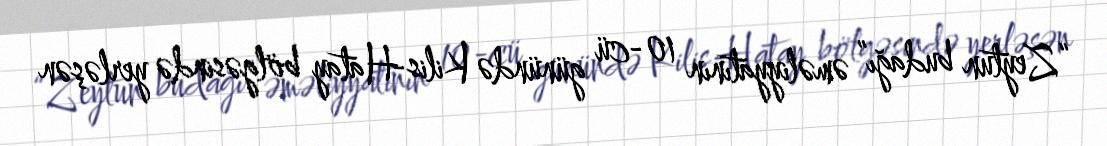
“Zeytun budağı” əməliyyatının 10-cü günündə Kilis-Hatay bölgəsində yerləşən